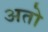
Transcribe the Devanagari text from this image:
अतो